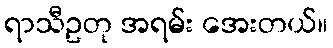
ရာသီဥတု အရမ်း အေးတယ်။